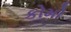
કોમો